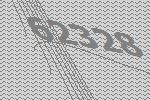
62328